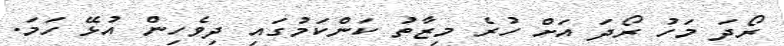
ރޯދަ މަހު ރޯދަ އަށް ހުރެ މިޒާތު ކަންކަމުގައި ދިވެހިން އުޅޭ ހަމަ.